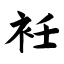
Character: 衽